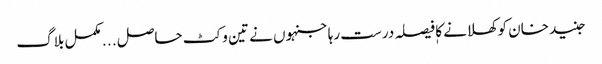
جنید خان کوکھلانے کا فیصلہ درست رہا جنہوں نے تین وکٹ حاصل . . . مکمل بلاگ